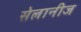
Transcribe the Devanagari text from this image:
सेलानीज